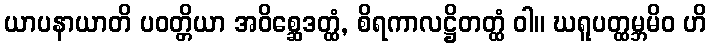
ယာပနာယာတိ ပဝတ္တိယာ အဝိစ္ဆေဒတ္ထံ, စိရကာလဋ္ဌိတတ္ထံ ဝါ။ ဃရူပတ္ထမ္ဘမိဝ ဟိ